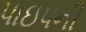
પાઇપની